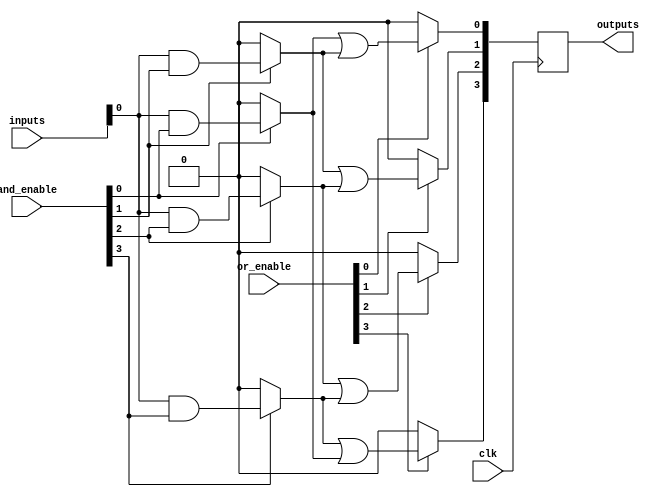
module RPAL #(
    parameter NUM_INPUTS = 8,   // Number of input lines
    parameter NUM_AND_GATES = 4, // Number of programmable AND gates
    parameter NUM_OR_GATES = 4    // Number of programmable OR gates
)(
    input wire [NUM_INPUTS-1:0] inputs,         // Input lines
    input wire [NUM_AND_GATES-1:0] and_enable,  // Control signals for AND gates
    input wire [NUM_OR_GATES-1:0] or_enable,    // Control signals for OR gates
    input wire clk,                             // Clock input
    output reg [NUM_OR_GATES-1:0] outputs       // Registered outputs
);

// Intermediate signals for the AND array outputs
wire [NUM_AND_GATES-1:0] and_outputs [NUM_INPUTS-1:0];

// Programmable AND array
genvar i, j;
generate
    for (i = 0; i < NUM_AND_GATES; i = i + 1) begin : AND_GATE
        for (j = 0; j < NUM_INPUTS; j = j + 1) begin : INPUT
            assign and_outputs[i][j] = and_enable[i] ? (inputs[j] & and_enable[i]) : 1'b0;
        end
    end
endgenerate

// Output from the OR array
wire [NUM_OR_GATES-1:0] or_outputs;

// Programmable OR array
assign or_outputs[0] = or_enable[0] ? (and_outputs[0] | and_outputs[1]) : 1'b0;
assign or_outputs[1] = or_enable[1] ? (and_outputs[1] | and_outputs[2]) : 1'b0;
assign or_outputs[2] = or_enable[2] ? (and_outputs[2] | and_outputs[3]) : 1'b0;
assign or_outputs[3] = or_enable[3] ? (and_outputs[3] | and_outputs[0]) : 1'b0;

// Registered outputs
always @(posedge clk) begin
    outputs <= or_outputs;
end

endmodule